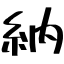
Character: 納